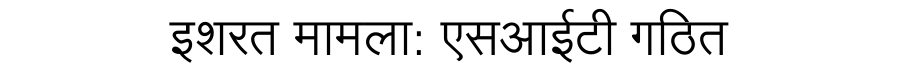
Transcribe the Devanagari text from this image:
इशरत मामला: एसआईटी गठित